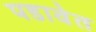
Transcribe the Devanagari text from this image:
पडावेत